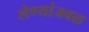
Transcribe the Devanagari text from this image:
लेण्यांजवळ